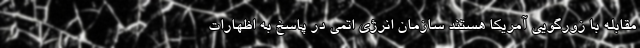
مقابله با زورگویی آمریکا هستند سازمان انرژی اتمی در پاسخ به اظهارات